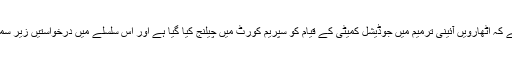
خیال رہے کہ اٹھارویں آئینی ترمیم میں جوڈیشل کمیٹی کے قیام کو سپریم کورٹ میں چیلنج کیا گیا ہے اور اس سلسلے میں درخواستیں زیر سماعت ہیں۔